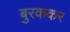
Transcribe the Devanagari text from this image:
बुरककर